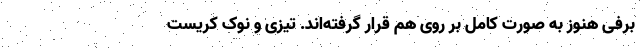
برفی هنوز به صورت کامل بر روی هم قرار گرفته‌اند. تیزی و نوک کریست